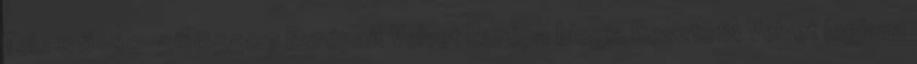
Tel.: 06-30-5605507 EurópaA Velvet Európa blogja BesztofA Velvet legjava